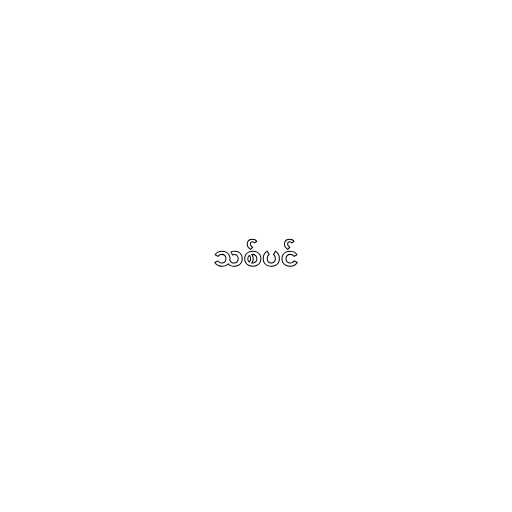
သစ်ပင်